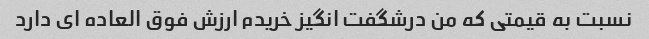
نسبت به قیمتی که من درشگفت انگیز خریدم ارزش فوق العاده ای دارد